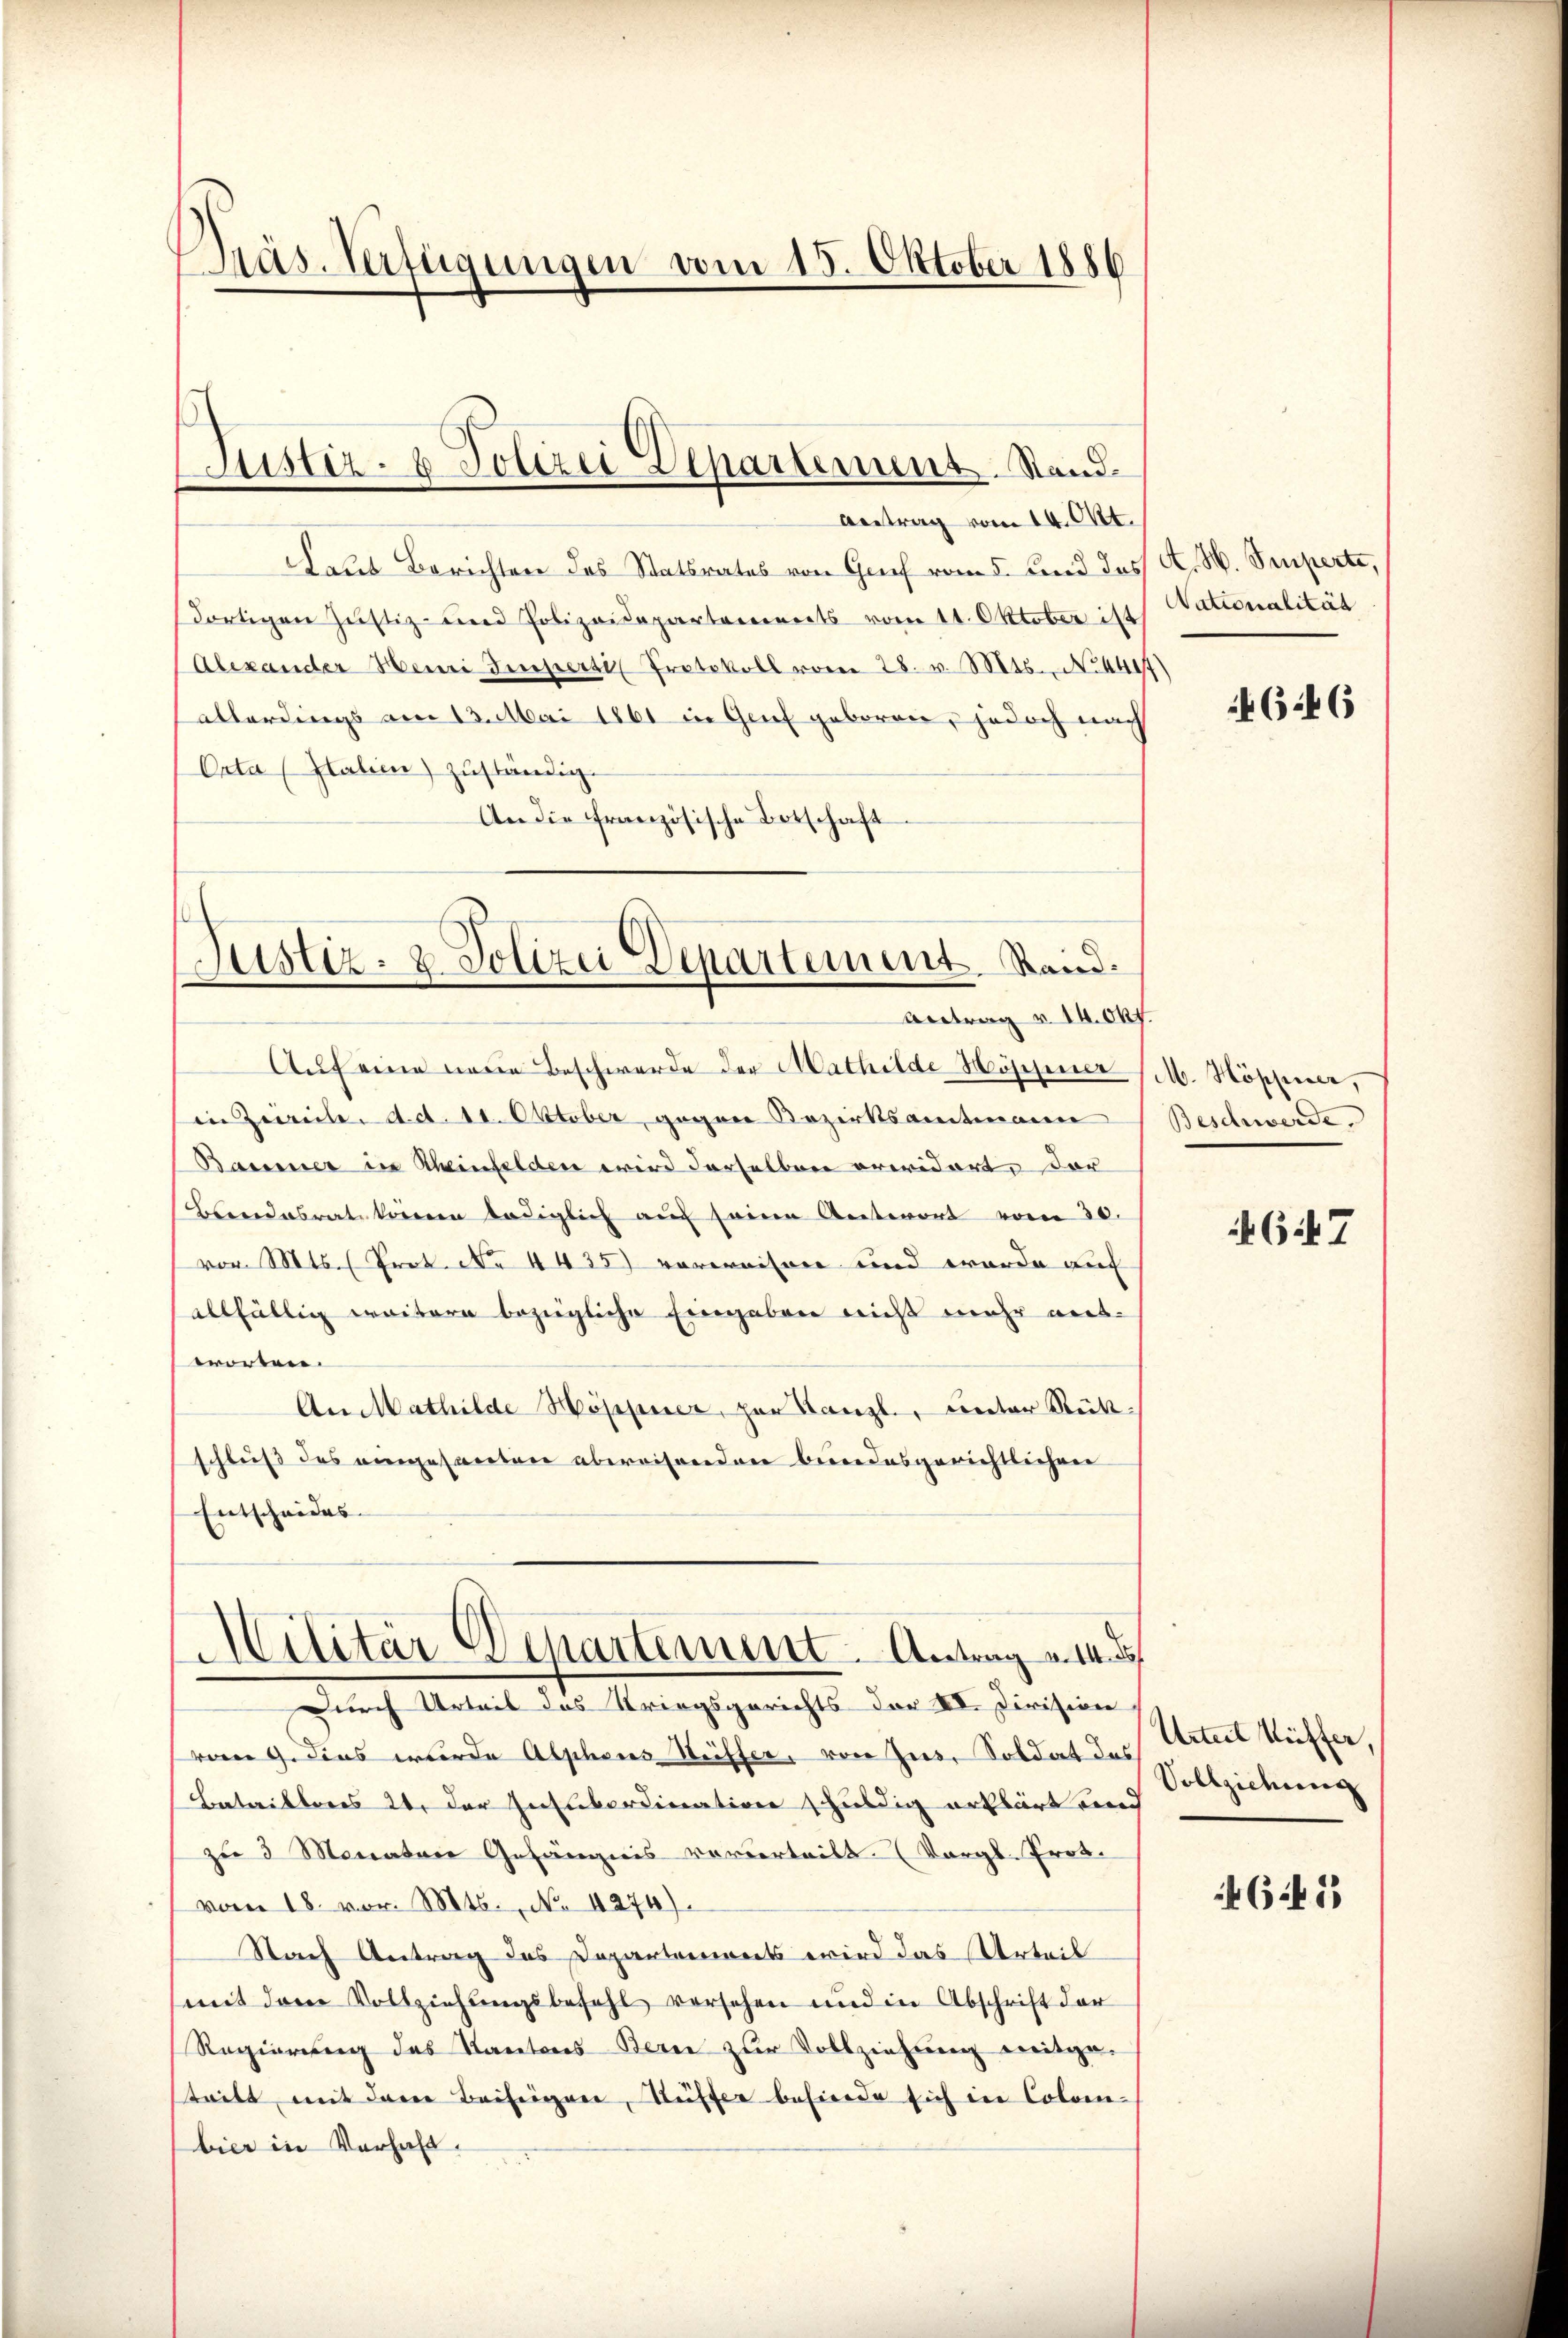
Präs. Verfügungen vom 15. Oktober 1886

Antrag vom 14. Okt.
Aaus Berichten des Statsrates von Graf vom 5. und das
dortigen Justiz- und Polizeidepartements vom 11. Oktober ist
Alexander Henni Imperte Protokoll vom 28. v. Mts., No 4497)
allerdings am 13. Mai 1861 in Genf geboren, jedoch nach
Orta (Italien) zuständig.
An die französische Botschaft
Auf eine neue Beschwerde der Mathilde Höppner (M. Höpfner,
in Zereite d. d. 11. Oktober, gegen Bezirksamtmann
Baumer in Rheinfelden wird derselben erwidert, der
Beendesrat keinen lediglich auf seine Antwort vom 30.
vor. Mts. (Prot. No 4435) vorweisen und wurde auf
allfällig weitern bezügliche Eingaben nicht mehr ausworten.
An Mathilde Höppner, zur Kanzl., unter Rückschluß des eingesanten abereisenden bundesgerichtlichen
Entscheides.
Militär Departement. Antrag v. M

Justiz- & Polizei Departement. Stand

Justiz- & Polizei Departement. Stand.
Antrag v. 14. Okt.

Durch Urteil das Kriegsgerichts der VV. Division
vom 9. dies wurde Alphons Seiffer, von Zies. Soldat das
Batailtens 24. der Insubordination schuldig erklärt und
zu 3 Monatare Gefängnis vorderteilt. (Vergl. Prot.
vom 18. vor. Mts., No 4274).
Nach Antrag des Departement wird das Urteil
mit dem Vollziehŭngsbefehl versehen und in Abschrift der
Regierung des Kantons Berne zur Vollziehung mitge-
tritt mit dere Beiseigen, Stuffer besiede sich in Colom-
bier in Verhalt.

A. H. Imperte,
Nationalität

646

Beschwerde.

67

Urteil Kuffer,
Vollziehung

4645